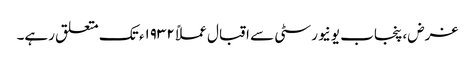
غرض، پنجاب یونیورسٹی سے اقبال عملاً ١٩٣٢ء تک متعلق رہے۔